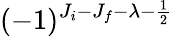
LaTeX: (-1)^{J_{i}-J_{f}-\lambda-\frac{1}{2}}